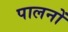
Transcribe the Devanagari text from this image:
पालनों